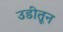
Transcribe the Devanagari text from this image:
उडीतून